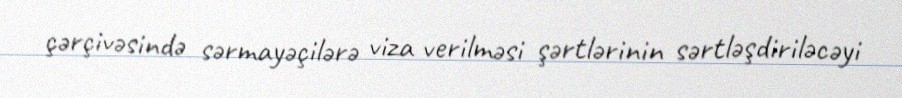
çərçivəsində sərmayəçilərə viza verilməsi şərtlərinin sərtləşdiriləcəyi